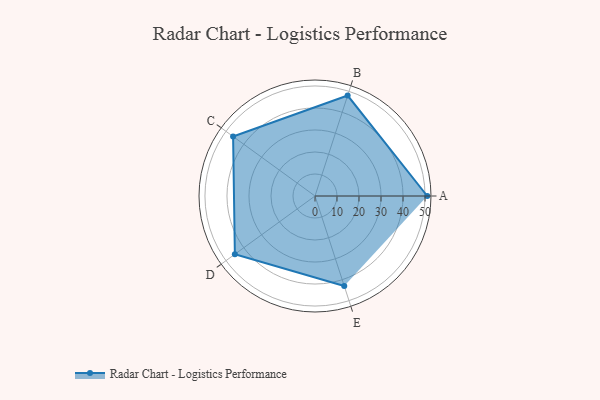
{"axis": {"x": "Skill", "y": "Score"}, "legend": ["Profile"], "data": [{"x": "A", "y": 51.0, "type": "Profile"}, {"x": "B", "y": 48.0, "type": "Profile"}, {"x": "C", "y": 46.0, "type": "Profile"}, {"x": "D", "y": 45.0, "type": "Profile"}, {"x": "E", "y": 43.0, "type": "Profile"}]}